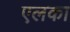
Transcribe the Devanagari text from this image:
एलका